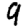
Digit: 9